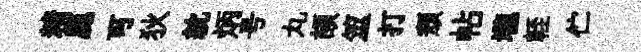
精鹿可狄紞炳号丸頡筮打頽帖壠輊伫